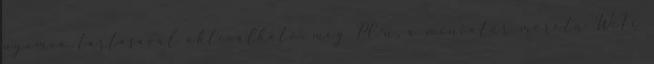
nyomva tartásával aktiválható, még PC-n, a miniatűr méretű WiFi